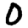
Digit: 0